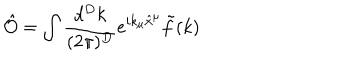
LaTeX: \hat { \cal O } = \int \frac { d ^ { D } k } { ( 2 \pi ) ^ { D } } e ^ { i k _ { \mu } \hat { x } ^ { \mu } } \tilde { f } ( k )